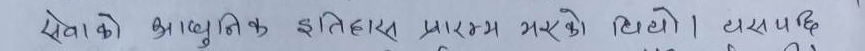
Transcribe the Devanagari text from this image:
सेनको आधुनिक इतिहास प्रारम्भ भएको थियो। त्यसपछि